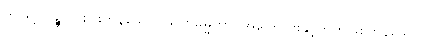
ဤသို့။ ပဉ္စ၊ ငါးပါးကုန်သော။ သဟဓမ္မိကာ၊ အကြောင်းနှင့်တကွဖြစ်ကုန်သော။